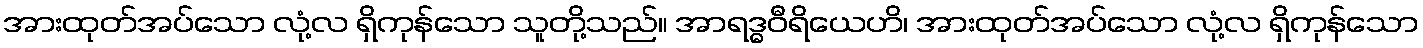
အားထုတ်အပ်သော လုံ့လ ရှိကုန်သော သူတို့သည်။ အာရဒ္ဓဝီရိယေဟိ၊ အားထုတ်အပ်သော လုံ့လ ရှိကုန်သော